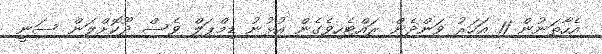
އެހާތަނުން 11 އަހަރު ވަންދެން ރައްޓެހިވެގެން އުޅުނު ޑިމްޕަލް ވެސް ދޫކޮށްލަން ސަނީ